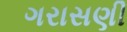
ગરાસણી